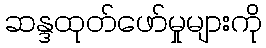
ဆန္ဒထုတ်ဖော်မှုများကို